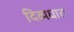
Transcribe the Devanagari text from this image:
दिव्यधारा